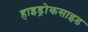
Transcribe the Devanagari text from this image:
हाइड्रोकसाइड